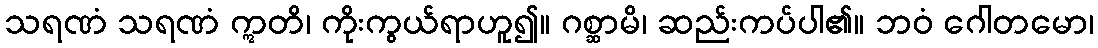
သရဏံ သရဏံ ဣတိ၊ ကိုးကွယ်ရာဟူ၍။ ဂစ္ဆာမိ၊ ဆည်းကပ်ပါ၏။ ဘဝံ ဂေါတမော၊